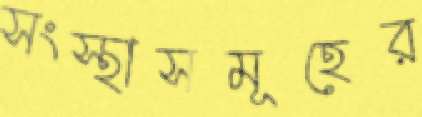
সংস্থাসমূহের